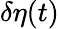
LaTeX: \delta\eta(t)